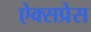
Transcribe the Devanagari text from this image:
ऐक्सप्रेस